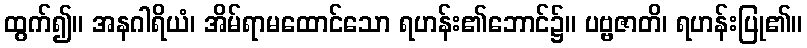
ထွက်၍။ အနဂါရိယံ၊ အိမ်ရာမထောင်သော ရဟန်း၏ဘောင်၌။ ပဗ္ဗဇာတိ၊ ရဟန်းပြု၏။